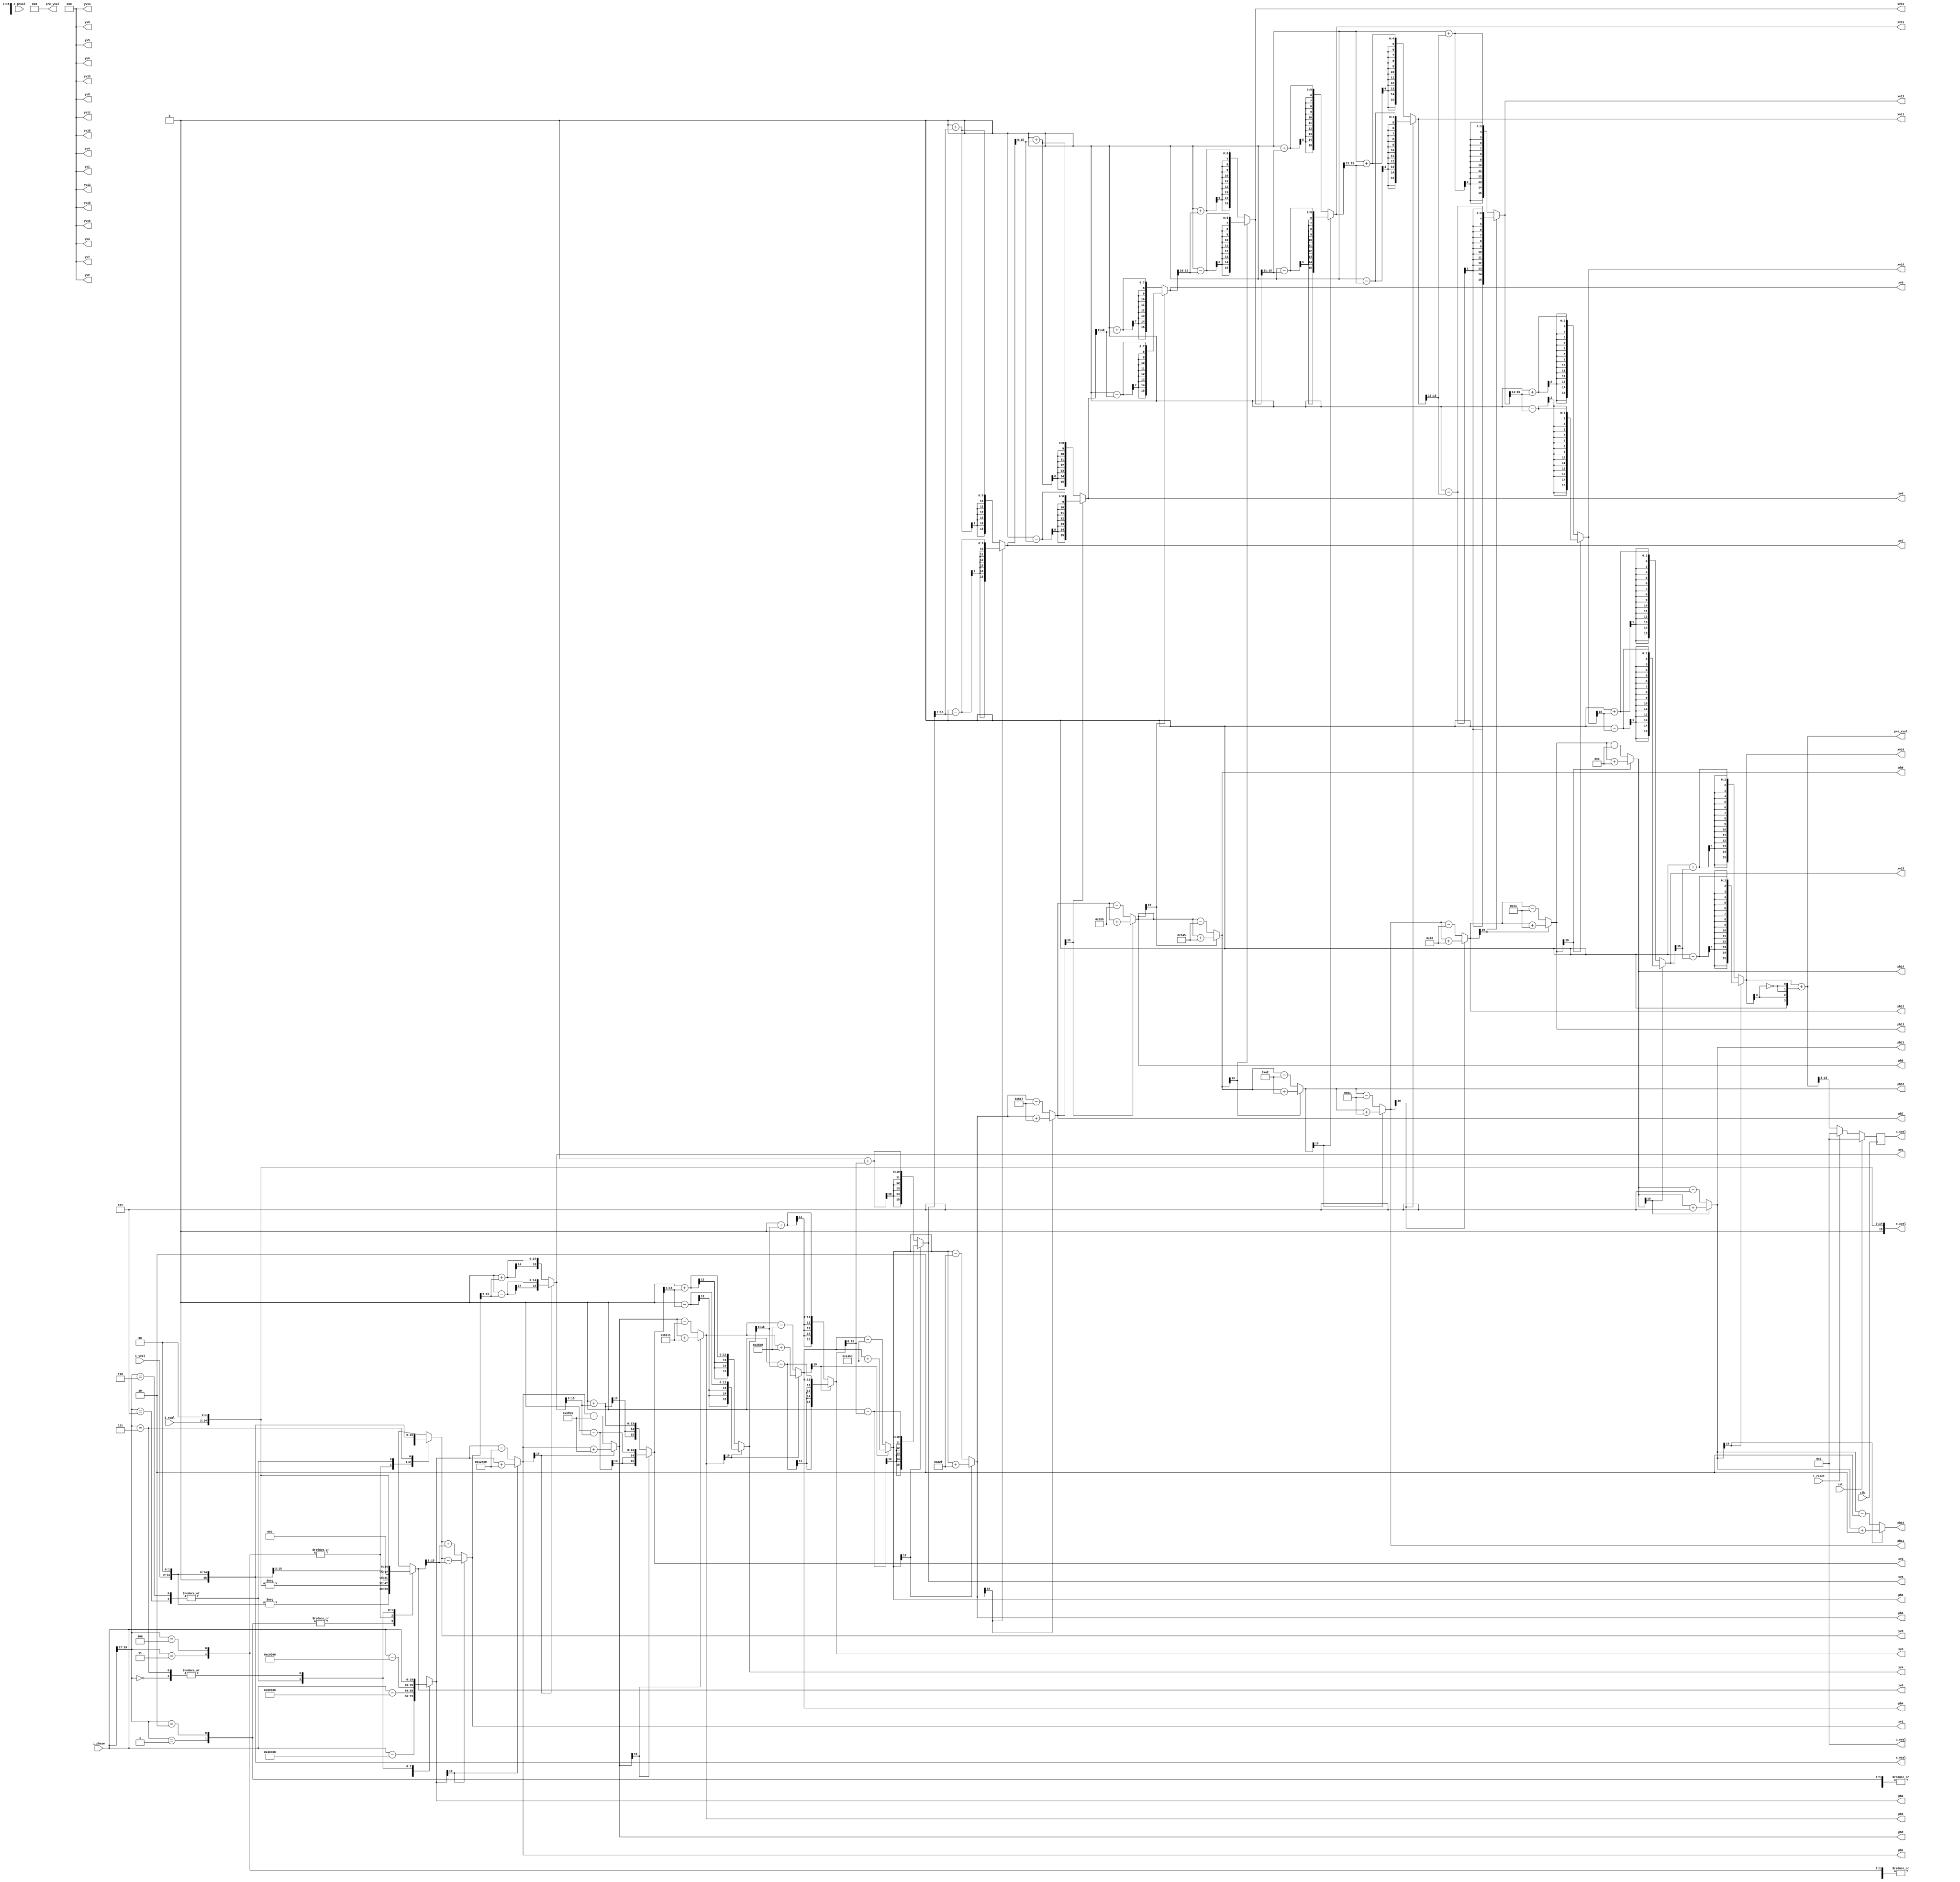
/* Generated by Yosys 0.42+40 (git sha1 a739e21a5, clang++ 14.0.0-1ubuntu1.1 -fPIC -Os) */

(* top =  1  *)
(* src = "/home/user/SDR-HLS/2.HLSImplementation/SineCORDIC/sine_generator_cordic.py:104" *)
(* generator = "Amaranth" *)
module top(i_xval, i_yval, i_phase, o_phval, clk, rst, xv0, yv0, ph0, xv1, yv1, ph1, xv2, yv2, ph2, xv3, yv3, ph3, xv4, yv4, ph4
, xv5, yv5, ph5, xv6, yv6, ph6, xv7, yv7, ph7, xv8, yv8, ph8, xv9, yv9, ph9, xv10, yv10, ph10, xv11, yv11, ph11
, xv12, yv12, ph12, xv13, yv13, ph13, xv14, yv14, ph14, xv15, yv15, ph15, xv16, yv16, ph16, o_xval, o_yval, pre_xval, pre_yval, e_xval, e_yval
, i_reset);
  reg \$auto$verilog_backend.cc:2352:dump_module$1  = 0;
  wire [16:0] \$1 ;
  wire [20:0] \$10 ;
  wire [16:0] \$100 ;
  wire [16:0] \$101 ;
  wire [20:0] \$102 ;
  wire [16:0] \$103 ;
  wire [16:0] \$104 ;
  wire [20:0] \$105 ;
  wire \$106 ;
  wire [16:0] \$107 ;
  wire [16:0] \$108 ;
  wire [20:0] \$109 ;
  wire [16:0] \$11 ;
  wire [16:0] \$110 ;
  wire [16:0] \$111 ;
  wire [20:0] \$112 ;
  wire \$113 ;
  wire [16:0] \$114 ;
  wire [16:0] \$115 ;
  wire [20:0] \$116 ;
  wire [16:0] \$117 ;
  wire [16:0] \$118 ;
  wire [20:0] \$119 ;
  wire [20:0] \$12 ;
  wire \$120 ;
  wire [16:0] \$121 ;
  wire [16:0] \$122 ;
  wire [20:0] \$123 ;
  wire [16:0] \$124 ;
  wire [16:0] \$125 ;
  wire [20:0] \$126 ;
  wire \$127 ;
  wire \$128 ;
  wire [17:0] \$129 ;
  wire [16:0] \$13 ;
  wire \$130 ;
  wire \$131 ;
  wire [17:0] \$132 ;
  wire [15:0] \$133 ;
  wire [15:0] \$134 ;
  reg [12:0] \$135 ;
  reg [12:0] \$136 ;
  wire [20:0] \$14 ;
  wire \$15 ;
  wire [16:0] \$16 ;
  wire [16:0] \$17 ;
  wire [20:0] \$18 ;
  wire [16:0] \$19 ;
  wire [20:0] \$2 ;
  wire [16:0] \$20 ;
  wire [20:0] \$21 ;
  wire \$22 ;
  wire [16:0] \$23 ;
  wire [16:0] \$24 ;
  wire [20:0] \$25 ;
  wire [16:0] \$26 ;
  wire [16:0] \$27 ;
  wire [20:0] \$28 ;
  wire \$29 ;
  wire [16:0] \$3 ;
  wire [16:0] \$30 ;
  wire [16:0] \$31 ;
  wire [20:0] \$32 ;
  wire [16:0] \$33 ;
  wire [16:0] \$34 ;
  wire [20:0] \$35 ;
  wire \$36 ;
  wire [16:0] \$37 ;
  wire [16:0] \$38 ;
  wire [20:0] \$39 ;
  wire [20:0] \$4 ;
  wire [16:0] \$40 ;
  wire [16:0] \$41 ;
  wire [20:0] \$42 ;
  wire \$43 ;
  wire [16:0] \$44 ;
  wire [16:0] \$45 ;
  wire [20:0] \$46 ;
  wire [16:0] \$47 ;
  wire [16:0] \$48 ;
  wire [20:0] \$49 ;
  wire [16:0] \$5 ;
  wire \$50 ;
  wire [16:0] \$51 ;
  wire [16:0] \$52 ;
  wire [20:0] \$53 ;
  wire [16:0] \$54 ;
  wire [16:0] \$55 ;
  wire [20:0] \$56 ;
  wire \$57 ;
  wire [16:0] \$58 ;
  wire [16:0] \$59 ;
  wire [16:0] \$6 ;
  wire [20:0] \$60 ;
  wire [16:0] \$61 ;
  wire [16:0] \$62 ;
  wire [20:0] \$63 ;
  wire \$64 ;
  wire [16:0] \$65 ;
  wire [16:0] \$66 ;
  wire [20:0] \$67 ;
  wire [16:0] \$68 ;
  wire [16:0] \$69 ;
  wire [20:0] \$7 ;
  wire [20:0] \$70 ;
  wire \$71 ;
  wire [16:0] \$72 ;
  wire [16:0] \$73 ;
  wire [20:0] \$74 ;
  wire [16:0] \$75 ;
  wire [16:0] \$76 ;
  wire [20:0] \$77 ;
  wire \$78 ;
  wire [16:0] \$79 ;
  wire [16:0] \$8 ;
  wire [16:0] \$80 ;
  wire [20:0] \$81 ;
  wire [16:0] \$82 ;
  wire [16:0] \$83 ;
  wire [20:0] \$84 ;
  wire \$85 ;
  wire [16:0] \$86 ;
  wire [16:0] \$87 ;
  wire [20:0] \$88 ;
  wire [16:0] \$89 ;
  wire [16:0] \$9 ;
  wire [16:0] \$90 ;
  wire [20:0] \$91 ;
  wire \$92 ;
  wire [16:0] \$93 ;
  wire [16:0] \$94 ;
  wire [20:0] \$95 ;
  wire [16:0] \$96 ;
  wire [16:0] \$97 ;
  wire [20:0] \$98 ;
  wire \$99 ;
  (* src = "/home/user/SDR-HLS/2.HLSImplementation/SineCORDIC/sine_generator_cordic.py:109" *)
  wire [15:0] \$signal ;
  (* src = "/home/user/SDR-HLS/2.HLSImplementation/SineCORDIC/sine_generator_cordic.py:109" *)
  wire [15:0] \$signal$100 ;
  (* src = "/home/user/SDR-HLS/2.HLSImplementation/SineCORDIC/sine_generator_cordic.py:110" *)
  wire [15:0] \$signal$101 ;
  (* src = "/home/user/SDR-HLS/2.HLSImplementation/SineCORDIC/sine_generator_cordic.py:115" *)
  wire [19:0] \$signal$102 ;
  (* src = "/home/user/SDR-HLS/2.HLSImplementation/SineCORDIC/sine_generator_cordic.py:109" *)
  wire [15:0] \$signal$103 ;
  (* src = "/home/user/SDR-HLS/2.HLSImplementation/SineCORDIC/sine_generator_cordic.py:110" *)
  wire [15:0] \$signal$104 ;
  (* src = "/home/user/SDR-HLS/2.HLSImplementation/SineCORDIC/sine_generator_cordic.py:115" *)
  wire [19:0] \$signal$105 ;
  (* src = "/home/user/SDR-HLS/2.HLSImplementation/SineCORDIC/sine_generator_cordic.py:109" *)
  wire [15:0] \$signal$106 ;
  (* src = "/home/user/SDR-HLS/2.HLSImplementation/SineCORDIC/sine_generator_cordic.py:110" *)
  wire [15:0] \$signal$107 ;
  (* src = "/home/user/SDR-HLS/2.HLSImplementation/SineCORDIC/sine_generator_cordic.py:115" *)
  wire [19:0] \$signal$108 ;
  (* src = "/home/user/SDR-HLS/2.HLSImplementation/SineCORDIC/sine_generator_cordic.py:109" *)
  wire [15:0] \$signal$109 ;
  (* src = "/home/user/SDR-HLS/2.HLSImplementation/SineCORDIC/sine_generator_cordic.py:110" *)
  wire [15:0] \$signal$110 ;
  (* src = "/home/user/SDR-HLS/2.HLSImplementation/SineCORDIC/sine_generator_cordic.py:115" *)
  wire [19:0] \$signal$111 ;
  (* src = "/home/user/SDR-HLS/2.HLSImplementation/SineCORDIC/sine_generator_cordic.py:109" *)
  wire [15:0] \$signal$112 ;
  (* src = "/home/user/SDR-HLS/2.HLSImplementation/SineCORDIC/sine_generator_cordic.py:110" *)
  wire [15:0] \$signal$113 ;
  (* src = "/home/user/SDR-HLS/2.HLSImplementation/SineCORDIC/sine_generator_cordic.py:115" *)
  wire [19:0] \$signal$114 ;
  (* src = "/home/user/SDR-HLS/2.HLSImplementation/SineCORDIC/sine_generator_cordic.py:110" *)
  wire [15:0] \$signal$65 ;
  (* src = "/home/user/SDR-HLS/2.HLSImplementation/SineCORDIC/sine_generator_cordic.py:115" *)
  wire [19:0] \$signal$66 ;
  (* src = "/home/user/SDR-HLS/2.HLSImplementation/SineCORDIC/sine_generator_cordic.py:109" *)
  wire [15:0] \$signal$67 ;
  (* src = "/home/user/SDR-HLS/2.HLSImplementation/SineCORDIC/sine_generator_cordic.py:110" *)
  wire [15:0] \$signal$68 ;
  (* src = "/home/user/SDR-HLS/2.HLSImplementation/SineCORDIC/sine_generator_cordic.py:115" *)
  wire [19:0] \$signal$69 ;
  (* src = "/home/user/SDR-HLS/2.HLSImplementation/SineCORDIC/sine_generator_cordic.py:109" *)
  wire [15:0] \$signal$70 ;
  (* src = "/home/user/SDR-HLS/2.HLSImplementation/SineCORDIC/sine_generator_cordic.py:110" *)
  wire [15:0] \$signal$71 ;
  (* src = "/home/user/SDR-HLS/2.HLSImplementation/SineCORDIC/sine_generator_cordic.py:115" *)
  wire [19:0] \$signal$72 ;
  (* src = "/home/user/SDR-HLS/2.HLSImplementation/SineCORDIC/sine_generator_cordic.py:109" *)
  wire [15:0] \$signal$73 ;
  (* src = "/home/user/SDR-HLS/2.HLSImplementation/SineCORDIC/sine_generator_cordic.py:110" *)
  wire [15:0] \$signal$74 ;
  (* src = "/home/user/SDR-HLS/2.HLSImplementation/SineCORDIC/sine_generator_cordic.py:115" *)
  wire [19:0] \$signal$75 ;
  (* src = "/home/user/SDR-HLS/2.HLSImplementation/SineCORDIC/sine_generator_cordic.py:109" *)
  wire [15:0] \$signal$76 ;
  (* src = "/home/user/SDR-HLS/2.HLSImplementation/SineCORDIC/sine_generator_cordic.py:110" *)
  wire [15:0] \$signal$77 ;
  (* src = "/home/user/SDR-HLS/2.HLSImplementation/SineCORDIC/sine_generator_cordic.py:115" *)
  wire [19:0] \$signal$78 ;
  (* src = "/home/user/SDR-HLS/2.HLSImplementation/SineCORDIC/sine_generator_cordic.py:109" *)
  wire [15:0] \$signal$79 ;
  (* src = "/home/user/SDR-HLS/2.HLSImplementation/SineCORDIC/sine_generator_cordic.py:110" *)
  wire [15:0] \$signal$80 ;
  (* src = "/home/user/SDR-HLS/2.HLSImplementation/SineCORDIC/sine_generator_cordic.py:115" *)
  wire [19:0] \$signal$81 ;
  (* src = "/home/user/SDR-HLS/2.HLSImplementation/SineCORDIC/sine_generator_cordic.py:109" *)
  wire [15:0] \$signal$82 ;
  (* src = "/home/user/SDR-HLS/2.HLSImplementation/SineCORDIC/sine_generator_cordic.py:110" *)
  wire [15:0] \$signal$83 ;
  (* src = "/home/user/SDR-HLS/2.HLSImplementation/SineCORDIC/sine_generator_cordic.py:115" *)
  wire [19:0] \$signal$84 ;
  (* src = "/home/user/SDR-HLS/2.HLSImplementation/SineCORDIC/sine_generator_cordic.py:109" *)
  wire [15:0] \$signal$85 ;
  (* src = "/home/user/SDR-HLS/2.HLSImplementation/SineCORDIC/sine_generator_cordic.py:110" *)
  wire [15:0] \$signal$86 ;
  (* src = "/home/user/SDR-HLS/2.HLSImplementation/SineCORDIC/sine_generator_cordic.py:115" *)
  wire [19:0] \$signal$87 ;
  (* src = "/home/user/SDR-HLS/2.HLSImplementation/SineCORDIC/sine_generator_cordic.py:109" *)
  wire [15:0] \$signal$88 ;
  (* src = "/home/user/SDR-HLS/2.HLSImplementation/SineCORDIC/sine_generator_cordic.py:110" *)
  wire [15:0] \$signal$89 ;
  (* src = "/home/user/SDR-HLS/2.HLSImplementation/SineCORDIC/sine_generator_cordic.py:115" *)
  wire [19:0] \$signal$90 ;
  (* src = "/home/user/SDR-HLS/2.HLSImplementation/SineCORDIC/sine_generator_cordic.py:109" *)
  wire [15:0] \$signal$91 ;
  (* src = "/home/user/SDR-HLS/2.HLSImplementation/SineCORDIC/sine_generator_cordic.py:110" *)
  wire [15:0] \$signal$92 ;
  (* src = "/home/user/SDR-HLS/2.HLSImplementation/SineCORDIC/sine_generator_cordic.py:115" *)
  wire [19:0] \$signal$93 ;
  (* src = "/home/user/SDR-HLS/2.HLSImplementation/SineCORDIC/sine_generator_cordic.py:109" *)
  wire [15:0] \$signal$94 ;
  (* src = "/home/user/SDR-HLS/2.HLSImplementation/SineCORDIC/sine_generator_cordic.py:110" *)
  wire [15:0] \$signal$95 ;
  (* src = "/home/user/SDR-HLS/2.HLSImplementation/SineCORDIC/sine_generator_cordic.py:115" *)
  wire [19:0] \$signal$96 ;
  (* src = "/home/user/SDR-HLS/2.HLSImplementation/SineCORDIC/sine_generator_cordic.py:109" *)
  wire [15:0] \$signal$97 ;
  (* src = "/home/user/SDR-HLS/2.HLSImplementation/SineCORDIC/sine_generator_cordic.py:110" *)
  wire [15:0] \$signal$98 ;
  (* src = "/home/user/SDR-HLS/2.HLSImplementation/SineCORDIC/sine_generator_cordic.py:115" *)
  wire [19:0] \$signal$99 ;
  (* src = "/home/user/FPGA/tools/amaranth/amaranth/hdl/_ir.py:215" *)
  input clk;
  wire clk;
  (* src = "/home/user/SDR-HLS/2.HLSImplementation/SineCORDIC/sine_generator_cordic.py:98" *)
  output [15:0] e_xval;
  wire [15:0] e_xval;
  (* src = "/home/user/SDR-HLS/2.HLSImplementation/SineCORDIC/sine_generator_cordic.py:99" *)
  output [15:0] e_yval;
  wire [15:0] e_yval;
  (* src = "/home/user/SDR-HLS/2.HLSImplementation/SineCORDIC/sine_generator_cordic.py:37" *)
  input [19:0] i_phase;
  wire [19:0] i_phase;
  (* src = "/home/user/SDR-HLS/2.HLSImplementation/SineCORDIC/sine_generator_cordic.py:34" *)
  input i_reset;
  wire i_reset;
  (* src = "/home/user/SDR-HLS/2.HLSImplementation/SineCORDIC/sine_generator_cordic.py:35" *)
  input [12:0] i_xval;
  wire [12:0] i_xval;
  (* src = "/home/user/SDR-HLS/2.HLSImplementation/SineCORDIC/sine_generator_cordic.py:36" *)
  input [12:0] i_yval;
  wire [12:0] i_yval;
  (* src = "/home/user/SDR-HLS/2.HLSImplementation/SineCORDIC/sine_generator_cordic.py:42" *)
  input [19:0] o_phval;
  wire [19:0] o_phval;
  (* src = "/home/user/SDR-HLS/2.HLSImplementation/SineCORDIC/sine_generator_cordic.py:40" *)
  output [12:0] o_xval;
  reg [12:0] o_xval = 13'h0000;
  (* src = "/home/user/SDR-HLS/2.HLSImplementation/SineCORDIC/sine_generator_cordic.py:41" *)
  output [12:0] o_yval;
  reg [12:0] o_yval = 13'h0000;
  (* src = "/home/user/SDR-HLS/2.HLSImplementation/SineCORDIC/sine_generator_cordic.py:115" *)
  output [19:0] ph0;
  reg [19:0] ph0;
  (* src = "/home/user/SDR-HLS/2.HLSImplementation/SineCORDIC/sine_generator_cordic.py:115" *)
  output [19:0] ph1;
  reg [19:0] ph1;
  (* src = "/home/user/SDR-HLS/2.HLSImplementation/SineCORDIC/sine_generator_cordic.py:115" *)
  output [19:0] ph10;
  reg [19:0] ph10;
  (* src = "/home/user/SDR-HLS/2.HLSImplementation/SineCORDIC/sine_generator_cordic.py:115" *)
  output [19:0] ph11;
  reg [19:0] ph11;
  (* src = "/home/user/SDR-HLS/2.HLSImplementation/SineCORDIC/sine_generator_cordic.py:115" *)
  output [19:0] ph12;
  reg [19:0] ph12;
  (* src = "/home/user/SDR-HLS/2.HLSImplementation/SineCORDIC/sine_generator_cordic.py:115" *)
  output [19:0] ph13;
  reg [19:0] ph13;
  (* src = "/home/user/SDR-HLS/2.HLSImplementation/SineCORDIC/sine_generator_cordic.py:115" *)
  output [19:0] ph14;
  reg [19:0] ph14;
  (* src = "/home/user/SDR-HLS/2.HLSImplementation/SineCORDIC/sine_generator_cordic.py:115" *)
  output [19:0] ph15;
  reg [19:0] ph15;
  (* src = "/home/user/SDR-HLS/2.HLSImplementation/SineCORDIC/sine_generator_cordic.py:115" *)
  output [19:0] ph16;
  reg [19:0] ph16;
  (* src = "/home/user/SDR-HLS/2.HLSImplementation/SineCORDIC/sine_generator_cordic.py:115" *)
  output [19:0] ph2;
  reg [19:0] ph2;
  (* src = "/home/user/SDR-HLS/2.HLSImplementation/SineCORDIC/sine_generator_cordic.py:115" *)
  output [19:0] ph3;
  reg [19:0] ph3;
  (* src = "/home/user/SDR-HLS/2.HLSImplementation/SineCORDIC/sine_generator_cordic.py:115" *)
  output [19:0] ph4;
  reg [19:0] ph4;
  (* src = "/home/user/SDR-HLS/2.HLSImplementation/SineCORDIC/sine_generator_cordic.py:115" *)
  output [19:0] ph5;
  reg [19:0] ph5;
  (* src = "/home/user/SDR-HLS/2.HLSImplementation/SineCORDIC/sine_generator_cordic.py:115" *)
  output [19:0] ph6;
  reg [19:0] ph6;
  (* src = "/home/user/SDR-HLS/2.HLSImplementation/SineCORDIC/sine_generator_cordic.py:115" *)
  output [19:0] ph7;
  reg [19:0] ph7;
  (* src = "/home/user/SDR-HLS/2.HLSImplementation/SineCORDIC/sine_generator_cordic.py:115" *)
  output [19:0] ph8;
  reg [19:0] ph8;
  (* src = "/home/user/SDR-HLS/2.HLSImplementation/SineCORDIC/sine_generator_cordic.py:115" *)
  output [19:0] ph9;
  reg [19:0] ph9;
  (* src = "/home/user/SDR-HLS/2.HLSImplementation/SineCORDIC/sine_generator_cordic.py:100" *)
  output [15:0] pre_xval;
  wire [15:0] pre_xval;
  (* src = "/home/user/SDR-HLS/2.HLSImplementation/SineCORDIC/sine_generator_cordic.py:101" *)
  output [15:0] pre_yval;
  wire [15:0] pre_yval;
  (* src = "/home/user/FPGA/tools/amaranth/amaranth/hdl/_ir.py:215" *)
  input rst;
  wire rst;
  (* src = "/home/user/SDR-HLS/2.HLSImplementation/SineCORDIC/sine_generator_cordic.py:109" *)
  output [15:0] xv0;
  reg [15:0] xv0;
  (* src = "/home/user/SDR-HLS/2.HLSImplementation/SineCORDIC/sine_generator_cordic.py:109" *)
  output [15:0] xv1;
  reg [15:0] xv1;
  (* src = "/home/user/SDR-HLS/2.HLSImplementation/SineCORDIC/sine_generator_cordic.py:109" *)
  output [15:0] xv10;
  reg [15:0] xv10;
  (* src = "/home/user/SDR-HLS/2.HLSImplementation/SineCORDIC/sine_generator_cordic.py:109" *)
  output [15:0] xv11;
  reg [15:0] xv11;
  (* src = "/home/user/SDR-HLS/2.HLSImplementation/SineCORDIC/sine_generator_cordic.py:109" *)
  output [15:0] xv12;
  reg [15:0] xv12;
  (* src = "/home/user/SDR-HLS/2.HLSImplementation/SineCORDIC/sine_generator_cordic.py:109" *)
  output [15:0] xv13;
  reg [15:0] xv13;
  (* src = "/home/user/SDR-HLS/2.HLSImplementation/SineCORDIC/sine_generator_cordic.py:109" *)
  output [15:0] xv14;
  reg [15:0] xv14;
  (* src = "/home/user/SDR-HLS/2.HLSImplementation/SineCORDIC/sine_generator_cordic.py:109" *)
  output [15:0] xv15;
  reg [15:0] xv15;
  (* src = "/home/user/SDR-HLS/2.HLSImplementation/SineCORDIC/sine_generator_cordic.py:109" *)
  output [15:0] xv16;
  reg [15:0] xv16;
  (* src = "/home/user/SDR-HLS/2.HLSImplementation/SineCORDIC/sine_generator_cordic.py:109" *)
  output [15:0] xv2;
  reg [15:0] xv2;
  (* src = "/home/user/SDR-HLS/2.HLSImplementation/SineCORDIC/sine_generator_cordic.py:109" *)
  output [15:0] xv3;
  reg [15:0] xv3;
  (* src = "/home/user/SDR-HLS/2.HLSImplementation/SineCORDIC/sine_generator_cordic.py:109" *)
  output [15:0] xv4;
  reg [15:0] xv4;
  (* src = "/home/user/SDR-HLS/2.HLSImplementation/SineCORDIC/sine_generator_cordic.py:109" *)
  output [15:0] xv5;
  reg [15:0] xv5;
  (* src = "/home/user/SDR-HLS/2.HLSImplementation/SineCORDIC/sine_generator_cordic.py:109" *)
  output [15:0] xv6;
  reg [15:0] xv6;
  (* src = "/home/user/SDR-HLS/2.HLSImplementation/SineCORDIC/sine_generator_cordic.py:109" *)
  output [15:0] xv7;
  reg [15:0] xv7;
  (* src = "/home/user/SDR-HLS/2.HLSImplementation/SineCORDIC/sine_generator_cordic.py:109" *)
  output [15:0] xv8;
  reg [15:0] xv8;
  (* src = "/home/user/SDR-HLS/2.HLSImplementation/SineCORDIC/sine_generator_cordic.py:109" *)
  output [15:0] xv9;
  reg [15:0] xv9;
  (* src = "/home/user/SDR-HLS/2.HLSImplementation/SineCORDIC/sine_generator_cordic.py:110" *)
  output [15:0] yv0;
  reg [15:0] yv0;
  (* src = "/home/user/SDR-HLS/2.HLSImplementation/SineCORDIC/sine_generator_cordic.py:110" *)
  output [15:0] yv1;
  wire [15:0] yv1;
  (* src = "/home/user/SDR-HLS/2.HLSImplementation/SineCORDIC/sine_generator_cordic.py:110" *)
  output [15:0] yv10;
  wire [15:0] yv10;
  (* src = "/home/user/SDR-HLS/2.HLSImplementation/SineCORDIC/sine_generator_cordic.py:110" *)
  output [15:0] yv11;
  wire [15:0] yv11;
  (* src = "/home/user/SDR-HLS/2.HLSImplementation/SineCORDIC/sine_generator_cordic.py:110" *)
  output [15:0] yv12;
  wire [15:0] yv12;
  (* src = "/home/user/SDR-HLS/2.HLSImplementation/SineCORDIC/sine_generator_cordic.py:110" *)
  output [15:0] yv13;
  wire [15:0] yv13;
  (* src = "/home/user/SDR-HLS/2.HLSImplementation/SineCORDIC/sine_generator_cordic.py:110" *)
  output [15:0] yv14;
  wire [15:0] yv14;
  (* src = "/home/user/SDR-HLS/2.HLSImplementation/SineCORDIC/sine_generator_cordic.py:110" *)
  output [15:0] yv15;
  wire [15:0] yv15;
  (* src = "/home/user/SDR-HLS/2.HLSImplementation/SineCORDIC/sine_generator_cordic.py:110" *)
  output [15:0] yv16;
  wire [15:0] yv16;
  (* src = "/home/user/SDR-HLS/2.HLSImplementation/SineCORDIC/sine_generator_cordic.py:110" *)
  output [15:0] yv2;
  wire [15:0] yv2;
  (* src = "/home/user/SDR-HLS/2.HLSImplementation/SineCORDIC/sine_generator_cordic.py:110" *)
  output [15:0] yv3;
  wire [15:0] yv3;
  (* src = "/home/user/SDR-HLS/2.HLSImplementation/SineCORDIC/sine_generator_cordic.py:110" *)
  output [15:0] yv4;
  wire [15:0] yv4;
  (* src = "/home/user/SDR-HLS/2.HLSImplementation/SineCORDIC/sine_generator_cordic.py:110" *)
  output [15:0] yv5;
  wire [15:0] yv5;
  (* src = "/home/user/SDR-HLS/2.HLSImplementation/SineCORDIC/sine_generator_cordic.py:110" *)
  output [15:0] yv6;
  wire [15:0] yv6;
  (* src = "/home/user/SDR-HLS/2.HLSImplementation/SineCORDIC/sine_generator_cordic.py:110" *)
  output [15:0] yv7;
  wire [15:0] yv7;
  (* src = "/home/user/SDR-HLS/2.HLSImplementation/SineCORDIC/sine_generator_cordic.py:110" *)
  output [15:0] yv8;
  wire [15:0] yv8;
  (* src = "/home/user/SDR-HLS/2.HLSImplementation/SineCORDIC/sine_generator_cordic.py:110" *)
  output [15:0] yv9;
  wire [15:0] yv9;
  assign \$1  = - (* src = "/home/user/SDR-HLS/2.HLSImplementation/SineCORDIC/sine_generator_cordic.py:160" *) { i_yval, 2'h0 };
  assign \$2  = i_phase - (* src = "/home/user/SDR-HLS/2.HLSImplementation/SineCORDIC/sine_generator_cordic.py:162" *) 19'h40000;
  assign \$3  = - (* src = "/home/user/SDR-HLS/2.HLSImplementation/SineCORDIC/sine_generator_cordic.py:166" *) { i_yval, 2'h0 };
  assign \$4  = i_phase - (* src = "/home/user/SDR-HLS/2.HLSImplementation/SineCORDIC/sine_generator_cordic.py:168" *) 20'h80000;
  assign \$5  = - (* src = "/home/user/SDR-HLS/2.HLSImplementation/SineCORDIC/sine_generator_cordic.py:172" *) { i_xval, 2'h0 };
  assign \$6  = - (* src = "/home/user/SDR-HLS/2.HLSImplementation/SineCORDIC/sine_generator_cordic.py:173" *) { i_yval, 2'h0 };
  assign \$7  = i_phase - (* src = "/home/user/SDR-HLS/2.HLSImplementation/SineCORDIC/sine_generator_cordic.py:174" *) 20'h80000;
  assign \$8  = - (* src = "/home/user/SDR-HLS/2.HLSImplementation/SineCORDIC/sine_generator_cordic.py:178" *) { i_xval, 2'h0 };
  assign \$9  = - (* src = "/home/user/SDR-HLS/2.HLSImplementation/SineCORDIC/sine_generator_cordic.py:179" *) { i_yval, 2'h0 };
  assign \$10  = i_phase - (* src = "/home/user/SDR-HLS/2.HLSImplementation/SineCORDIC/sine_generator_cordic.py:180" *) 20'h80000;
  assign \$11  = - (* src = "/home/user/SDR-HLS/2.HLSImplementation/SineCORDIC/sine_generator_cordic.py:185" *) { i_xval, 2'h0 };
  assign \$12  = i_phase - (* src = "/home/user/SDR-HLS/2.HLSImplementation/SineCORDIC/sine_generator_cordic.py:186" *) 20'hc0000;
  assign \$13  = - (* src = "/home/user/SDR-HLS/2.HLSImplementation/SineCORDIC/sine_generator_cordic.py:191" *) { i_xval, 2'h0 };
  assign \$14  = i_phase - (* src = "/home/user/SDR-HLS/2.HLSImplementation/SineCORDIC/sine_generator_cordic.py:192" *) 20'hc0000;
  assign \$16  = $signed(xv0) + (* src = "/home/user/SDR-HLS/2.HLSImplementation/SineCORDIC/sine_generator_cordic.py:240" *) $signed(yv0[15:1]);
  assign \$17  = $signed(yv0) - (* src = "/home/user/SDR-HLS/2.HLSImplementation/SineCORDIC/sine_generator_cordic.py:241" *) $signed(xv0[15:1]);
  assign \$18  = ph0 + (* src = "/home/user/SDR-HLS/2.HLSImplementation/SineCORDIC/sine_generator_cordic.py:242" *) 17'h12ec0;
  assign \$19  = $signed(xv0) - (* src = "/home/user/SDR-HLS/2.HLSImplementation/SineCORDIC/sine_generator_cordic.py:247" *) $signed(yv0[15:1]);
  assign \$20  = $signed(yv0) + (* src = "/home/user/SDR-HLS/2.HLSImplementation/SineCORDIC/sine_generator_cordic.py:248" *) $signed(xv0[15:1]);
  assign \$21  = ph0 - (* src = "/home/user/SDR-HLS/2.HLSImplementation/SineCORDIC/sine_generator_cordic.py:249" *) 17'h12ec0;
  assign \$23  = $signed(xv1) + (* src = "/home/user/SDR-HLS/2.HLSImplementation/SineCORDIC/sine_generator_cordic.py:240" *) $signed(1'h0);
  assign \$24  = $signed(1'h0) - (* src = "/home/user/SDR-HLS/2.HLSImplementation/SineCORDIC/sine_generator_cordic.py:241" *) $signed(xv1[15:2]);
  assign \$25  = ph1 + (* src = "/home/user/SDR-HLS/2.HLSImplementation/SineCORDIC/sine_generator_cordic.py:242" *) 16'h9fb3;
  assign \$26  = $signed(xv1) - (* src = "/home/user/SDR-HLS/2.HLSImplementation/SineCORDIC/sine_generator_cordic.py:247" *) $signed(1'h0);
  assign \$27  = $signed(1'h0) + (* src = "/home/user/SDR-HLS/2.HLSImplementation/SineCORDIC/sine_generator_cordic.py:248" *) $signed(xv1[15:2]);
  assign \$28  = ph1 - (* src = "/home/user/SDR-HLS/2.HLSImplementation/SineCORDIC/sine_generator_cordic.py:249" *) 16'h9fb3;
  assign \$30  = $signed(xv2) + (* src = "/home/user/SDR-HLS/2.HLSImplementation/SineCORDIC/sine_generator_cordic.py:240" *) $signed(1'h0);
  assign \$31  = $signed(1'h0) - (* src = "/home/user/SDR-HLS/2.HLSImplementation/SineCORDIC/sine_generator_cordic.py:241" *) $signed(xv2[15:3]);
  assign \$32  = ph2 + (* src = "/home/user/SDR-HLS/2.HLSImplementation/SineCORDIC/sine_generator_cordic.py:242" *) 15'h5111;
  assign \$33  = $signed(xv2) - (* src = "/home/user/SDR-HLS/2.HLSImplementation/SineCORDIC/sine_generator_cordic.py:247" *) $signed(1'h0);
  assign \$34  = $signed(1'h0) + (* src = "/home/user/SDR-HLS/2.HLSImplementation/SineCORDIC/sine_generator_cordic.py:248" *) $signed(xv2[15:3]);
  assign \$35  = ph2 - (* src = "/home/user/SDR-HLS/2.HLSImplementation/SineCORDIC/sine_generator_cordic.py:249" *) 15'h5111;
  assign \$37  = $signed(xv3) + (* src = "/home/user/SDR-HLS/2.HLSImplementation/SineCORDIC/sine_generator_cordic.py:240" *) $signed(1'h0);
  assign \$38  = $signed(1'h0) - (* src = "/home/user/SDR-HLS/2.HLSImplementation/SineCORDIC/sine_generator_cordic.py:241" *) $signed(xv3[15:4]);
  assign \$39  = ph3 + (* src = "/home/user/SDR-HLS/2.HLSImplementation/SineCORDIC/sine_generator_cordic.py:242" *) 14'h28b0;
  assign \$40  = $signed(xv3) - (* src = "/home/user/SDR-HLS/2.HLSImplementation/SineCORDIC/sine_generator_cordic.py:247" *) $signed(1'h0);
  assign \$41  = $signed(1'h0) + (* src = "/home/user/SDR-HLS/2.HLSImplementation/SineCORDIC/sine_generator_cordic.py:248" *) $signed(xv3[15:4]);
  assign \$42  = ph3 - (* src = "/home/user/SDR-HLS/2.HLSImplementation/SineCORDIC/sine_generator_cordic.py:249" *) 14'h28b0;
  assign \$44  = $signed(xv4) + (* src = "/home/user/SDR-HLS/2.HLSImplementation/SineCORDIC/sine_generator_cordic.py:240" *) $signed(1'h0);
  assign \$45  = $signed(1'h0) - (* src = "/home/user/SDR-HLS/2.HLSImplementation/SineCORDIC/sine_generator_cordic.py:241" *) $signed(xv4[15:5]);
  assign \$46  = ph4 + (* src = "/home/user/SDR-HLS/2.HLSImplementation/SineCORDIC/sine_generator_cordic.py:242" *) 13'h145d;
  assign \$47  = $signed(xv4) - (* src = "/home/user/SDR-HLS/2.HLSImplementation/SineCORDIC/sine_generator_cordic.py:247" *) $signed(1'h0);
  assign \$48  = $signed(1'h0) + (* src = "/home/user/SDR-HLS/2.HLSImplementation/SineCORDIC/sine_generator_cordic.py:248" *) $signed(xv4[15:5]);
  assign \$49  = ph4 - (* src = "/home/user/SDR-HLS/2.HLSImplementation/SineCORDIC/sine_generator_cordic.py:249" *) 13'h145d;
  assign \$51  = $signed(xv5) + (* src = "/home/user/SDR-HLS/2.HLSImplementation/SineCORDIC/sine_generator_cordic.py:240" *) $signed(1'h0);
  assign \$52  = $signed(1'h0) - (* src = "/home/user/SDR-HLS/2.HLSImplementation/SineCORDIC/sine_generator_cordic.py:241" *) $signed(xv5[15:6]);
  assign \$53  = ph5 + (* src = "/home/user/SDR-HLS/2.HLSImplementation/SineCORDIC/sine_generator_cordic.py:242" *) 12'ha2f;
  assign \$54  = $signed(xv5) - (* src = "/home/user/SDR-HLS/2.HLSImplementation/SineCORDIC/sine_generator_cordic.py:247" *) $signed(1'h0);
  assign \$55  = $signed(1'h0) + (* src = "/home/user/SDR-HLS/2.HLSImplementation/SineCORDIC/sine_generator_cordic.py:248" *) $signed(xv5[15:6]);
  assign \$56  = ph5 - (* src = "/home/user/SDR-HLS/2.HLSImplementation/SineCORDIC/sine_generator_cordic.py:249" *) 12'ha2f;
  assign \$58  = $signed(xv6) + (* src = "/home/user/SDR-HLS/2.HLSImplementation/SineCORDIC/sine_generator_cordic.py:240" *) $signed(1'h0);
  assign \$59  = $signed(1'h0) - (* src = "/home/user/SDR-HLS/2.HLSImplementation/SineCORDIC/sine_generator_cordic.py:241" *) $signed(xv6[15:7]);
  assign \$60  = ph6 + (* src = "/home/user/SDR-HLS/2.HLSImplementation/SineCORDIC/sine_generator_cordic.py:242" *) 11'h517;
  assign \$61  = $signed(xv6) - (* src = "/home/user/SDR-HLS/2.HLSImplementation/SineCORDIC/sine_generator_cordic.py:247" *) $signed(1'h0);
  assign \$62  = $signed(1'h0) + (* src = "/home/user/SDR-HLS/2.HLSImplementation/SineCORDIC/sine_generator_cordic.py:248" *) $signed(xv6[15:7]);
  assign \$63  = ph6 - (* src = "/home/user/SDR-HLS/2.HLSImplementation/SineCORDIC/sine_generator_cordic.py:249" *) 11'h517;
  assign \$65  = $signed(xv7) + (* src = "/home/user/SDR-HLS/2.HLSImplementation/SineCORDIC/sine_generator_cordic.py:240" *) $signed(1'h0);
  assign \$66  = $signed(1'h0) - (* src = "/home/user/SDR-HLS/2.HLSImplementation/SineCORDIC/sine_generator_cordic.py:241" *) $signed(xv7[15:8]);
  assign \$67  = ph7 + (* src = "/home/user/SDR-HLS/2.HLSImplementation/SineCORDIC/sine_generator_cordic.py:242" *) 10'h28b;
  assign \$68  = $signed(xv7) - (* src = "/home/user/SDR-HLS/2.HLSImplementation/SineCORDIC/sine_generator_cordic.py:247" *) $signed(1'h0);
  assign \$69  = $signed(1'h0) + (* src = "/home/user/SDR-HLS/2.HLSImplementation/SineCORDIC/sine_generator_cordic.py:248" *) $signed(xv7[15:8]);
  assign \$70  = ph7 - (* src = "/home/user/SDR-HLS/2.HLSImplementation/SineCORDIC/sine_generator_cordic.py:249" *) 10'h28b;
  assign \$72  = $signed(xv8) + (* src = "/home/user/SDR-HLS/2.HLSImplementation/SineCORDIC/sine_generator_cordic.py:240" *) $signed(1'h0);
  assign \$73  = $signed(1'h0) - (* src = "/home/user/SDR-HLS/2.HLSImplementation/SineCORDIC/sine_generator_cordic.py:241" *) $signed(xv8[15:9]);
  assign \$74  = ph8 + (* src = "/home/user/SDR-HLS/2.HLSImplementation/SineCORDIC/sine_generator_cordic.py:242" *) 9'h145;
  assign \$75  = $signed(xv8) - (* src = "/home/user/SDR-HLS/2.HLSImplementation/SineCORDIC/sine_generator_cordic.py:247" *) $signed(1'h0);
  assign \$76  = $signed(1'h0) + (* src = "/home/user/SDR-HLS/2.HLSImplementation/SineCORDIC/sine_generator_cordic.py:248" *) $signed(xv8[15:9]);
  assign \$77  = ph8 - (* src = "/home/user/SDR-HLS/2.HLSImplementation/SineCORDIC/sine_generator_cordic.py:249" *) 9'h145;
  assign \$79  = $signed(xv9) + (* src = "/home/user/SDR-HLS/2.HLSImplementation/SineCORDIC/sine_generator_cordic.py:240" *) $signed(1'h0);
  assign \$80  = $signed(1'h0) - (* src = "/home/user/SDR-HLS/2.HLSImplementation/SineCORDIC/sine_generator_cordic.py:241" *) $signed(xv9[15:10]);
  assign \$81  = ph9 + (* src = "/home/user/SDR-HLS/2.HLSImplementation/SineCORDIC/sine_generator_cordic.py:242" *) 8'ha2;
  assign \$82  = $signed(xv9) - (* src = "/home/user/SDR-HLS/2.HLSImplementation/SineCORDIC/sine_generator_cordic.py:247" *) $signed(1'h0);
  assign \$83  = $signed(1'h0) + (* src = "/home/user/SDR-HLS/2.HLSImplementation/SineCORDIC/sine_generator_cordic.py:248" *) $signed(xv9[15:10]);
  assign \$84  = ph9 - (* src = "/home/user/SDR-HLS/2.HLSImplementation/SineCORDIC/sine_generator_cordic.py:249" *) 8'ha2;
  assign \$86  = $signed(xv10) + (* src = "/home/user/SDR-HLS/2.HLSImplementation/SineCORDIC/sine_generator_cordic.py:240" *) $signed(1'h0);
  assign \$87  = $signed(1'h0) - (* src = "/home/user/SDR-HLS/2.HLSImplementation/SineCORDIC/sine_generator_cordic.py:241" *) $signed(xv10[15:11]);
  assign \$88  = ph10 + (* src = "/home/user/SDR-HLS/2.HLSImplementation/SineCORDIC/sine_generator_cordic.py:242" *) 7'h51;
  assign \$89  = $signed(xv10) - (* src = "/home/user/SDR-HLS/2.HLSImplementation/SineCORDIC/sine_generator_cordic.py:247" *) $signed(1'h0);
  assign \$90  = $signed(1'h0) + (* src = "/home/user/SDR-HLS/2.HLSImplementation/SineCORDIC/sine_generator_cordic.py:248" *) $signed(xv10[15:11]);
  assign \$91  = ph10 - (* src = "/home/user/SDR-HLS/2.HLSImplementation/SineCORDIC/sine_generator_cordic.py:249" *) 7'h51;
  assign \$93  = $signed(xv11) + (* src = "/home/user/SDR-HLS/2.HLSImplementation/SineCORDIC/sine_generator_cordic.py:240" *) $signed(1'h0);
  assign \$94  = $signed(1'h0) - (* src = "/home/user/SDR-HLS/2.HLSImplementation/SineCORDIC/sine_generator_cordic.py:241" *) $signed(xv11[15:12]);
  assign \$95  = ph11 + (* src = "/home/user/SDR-HLS/2.HLSImplementation/SineCORDIC/sine_generator_cordic.py:242" *) 6'h28;
  assign \$96  = $signed(xv11) - (* src = "/home/user/SDR-HLS/2.HLSImplementation/SineCORDIC/sine_generator_cordic.py:247" *) $signed(1'h0);
  assign \$97  = $signed(1'h0) + (* src = "/home/user/SDR-HLS/2.HLSImplementation/SineCORDIC/sine_generator_cordic.py:248" *) $signed(xv11[15:12]);
  assign \$98  = ph11 - (* src = "/home/user/SDR-HLS/2.HLSImplementation/SineCORDIC/sine_generator_cordic.py:249" *) 6'h28;
  assign \$100  = $signed(xv12) + (* src = "/home/user/SDR-HLS/2.HLSImplementation/SineCORDIC/sine_generator_cordic.py:240" *) $signed(1'h0);
  assign \$101  = $signed(1'h0) - (* src = "/home/user/SDR-HLS/2.HLSImplementation/SineCORDIC/sine_generator_cordic.py:241" *) $signed(xv12[15:13]);
  assign \$102  = ph12 + (* src = "/home/user/SDR-HLS/2.HLSImplementation/SineCORDIC/sine_generator_cordic.py:242" *) 5'h14;
  assign \$103  = $signed(xv12) - (* src = "/home/user/SDR-HLS/2.HLSImplementation/SineCORDIC/sine_generator_cordic.py:247" *) $signed(1'h0);
  assign \$104  = $signed(1'h0) + (* src = "/home/user/SDR-HLS/2.HLSImplementation/SineCORDIC/sine_generator_cordic.py:248" *) $signed(xv12[15:13]);
  assign \$105  = ph12 - (* src = "/home/user/SDR-HLS/2.HLSImplementation/SineCORDIC/sine_generator_cordic.py:249" *) 5'h14;
  assign \$107  = $signed(xv13) + (* src = "/home/user/SDR-HLS/2.HLSImplementation/SineCORDIC/sine_generator_cordic.py:240" *) $signed(1'h0);
  assign \$108  = $signed(1'h0) - (* src = "/home/user/SDR-HLS/2.HLSImplementation/SineCORDIC/sine_generator_cordic.py:241" *) $signed(xv13[15:14]);
  assign \$109  = ph13 + (* src = "/home/user/SDR-HLS/2.HLSImplementation/SineCORDIC/sine_generator_cordic.py:242" *) 4'ha;
  assign \$110  = $signed(xv13) - (* src = "/home/user/SDR-HLS/2.HLSImplementation/SineCORDIC/sine_generator_cordic.py:247" *) $signed(1'h0);
  assign \$111  = $signed(1'h0) + (* src = "/home/user/SDR-HLS/2.HLSImplementation/SineCORDIC/sine_generator_cordic.py:248" *) $signed(xv13[15:14]);
  assign \$112  = ph13 - (* src = "/home/user/SDR-HLS/2.HLSImplementation/SineCORDIC/sine_generator_cordic.py:249" *) 4'ha;
  assign \$114  = $signed(xv14) + (* src = "/home/user/SDR-HLS/2.HLSImplementation/SineCORDIC/sine_generator_cordic.py:240" *) $signed(1'h0);
  assign \$115  = $signed(1'h0) - (* src = "/home/user/SDR-HLS/2.HLSImplementation/SineCORDIC/sine_generator_cordic.py:241" *) $signed(xv14[15]);
  assign \$116  = ph14 + (* src = "/home/user/SDR-HLS/2.HLSImplementation/SineCORDIC/sine_generator_cordic.py:242" *) 3'h5;
  assign \$117  = $signed(xv14) - (* src = "/home/user/SDR-HLS/2.HLSImplementation/SineCORDIC/sine_generator_cordic.py:247" *) $signed(1'h0);
  assign \$118  = $signed(1'h0) + (* src = "/home/user/SDR-HLS/2.HLSImplementation/SineCORDIC/sine_generator_cordic.py:248" *) $signed(xv14[15]);
  assign \$119  = ph14 - (* src = "/home/user/SDR-HLS/2.HLSImplementation/SineCORDIC/sine_generator_cordic.py:249" *) 3'h5;
  assign \$121  = $signed(xv15) + (* src = "/home/user/SDR-HLS/2.HLSImplementation/SineCORDIC/sine_generator_cordic.py:240" *) $signed(1'h0);
  assign \$122  = $signed(1'h0) - (* src = "/home/user/SDR-HLS/2.HLSImplementation/SineCORDIC/sine_generator_cordic.py:241" *) $signed(xv15[15]);
  assign \$123  = ph15 + (* src = "/home/user/SDR-HLS/2.HLSImplementation/SineCORDIC/sine_generator_cordic.py:242" *) 2'h2;
  assign \$124  = $signed(xv15) - (* src = "/home/user/SDR-HLS/2.HLSImplementation/SineCORDIC/sine_generator_cordic.py:247" *) $signed(1'h0);
  assign \$125  = $signed(1'h0) + (* src = "/home/user/SDR-HLS/2.HLSImplementation/SineCORDIC/sine_generator_cordic.py:248" *) $signed(xv15[15]);
  assign \$126  = ph15 - (* src = "/home/user/SDR-HLS/2.HLSImplementation/SineCORDIC/sine_generator_cordic.py:249" *) 2'h2;
  assign \$127  = ~ (* src = "/home/user/SDR-HLS/2.HLSImplementation/SineCORDIC/sine_generator_cordic.py:257" *) xv16[3];
  assign \$128  = ~ (* src = "/home/user/SDR-HLS/2.HLSImplementation/SineCORDIC/sine_generator_cordic.py:257" *) xv16[3];
  assign \$129  = $signed(xv16) + (* src = "/home/user/SDR-HLS/2.HLSImplementation/SineCORDIC/sine_generator_cordic.py:255" *) $signed({ 1'h0, xv16[3], \$128 , \$127  });
  (* src = "/home/user/SDR-HLS/2.HLSImplementation/SineCORDIC/sine_generator_cordic.py:40" *)
  always @(posedge clk)
    o_xval <= \$135 ;
  (* src = "/home/user/SDR-HLS/2.HLSImplementation/SineCORDIC/sine_generator_cordic.py:41" *)
  always @(posedge clk)
    o_yval <= \$136 ;
  always @* begin
    if (\$auto$verilog_backend.cc:2352:dump_module$1 ) begin end
    (* full_case = 32'd1 *)
    casez (i_phase[19:17])
      3'h0:
          xv0 = { 1'h0, i_xval, 2'h0 };
      3'h1:
          xv0 = \$1 [15:0];
      3'h2:
          xv0 = \$3 [15:0];
      3'h3:
          xv0 = \$5 [15:0];
      3'h4:
          xv0 = \$8 [15:0];
      3'h5:
          xv0 = { 1'h0, i_yval, 2'h0 };
      3'h6:
          xv0 = { 1'h0, i_yval, 2'h0 };
      3'h7:
          xv0 = { 1'h0, i_xval, 2'h0 };
    endcase
  end
  always @* begin
    if (\$auto$verilog_backend.cc:2352:dump_module$1 ) begin end
    (* full_case = 32'd1 *)
    casez (i_phase[19:17])
      3'h0:
          yv0 = { 1'h0, i_xval, 2'h0 };
      3'h1:
          yv0 = { 1'h0, i_xval, 2'h0 };
      3'h2:
          yv0 = { 1'h0, i_xval, 2'h0 };
      3'h3:
          yv0 = \$6 [15:0];
      3'h4:
          yv0 = \$9 [15:0];
      3'h5:
          yv0 = \$11 [15:0];
      3'h6:
          yv0 = \$13 [15:0];
      3'h7:
          yv0 = { 1'h0, i_yval, 2'h0 };
    endcase
  end
  always @* begin
    if (\$auto$verilog_backend.cc:2352:dump_module$1 ) begin end
    (* full_case = 32'd1 *)
    casez (i_phase[19:17])
      3'h0:
          ph0 = i_phase;
      3'h1:
          ph0 = \$2 [19:0];
      3'h2:
          ph0 = \$4 [19:0];
      3'h3:
          ph0 = \$7 [19:0];
      3'h4:
          ph0 = \$10 [19:0];
      3'h5:
          ph0 = \$12 [19:0];
      3'h6:
          ph0 = \$14 [19:0];
      3'h7:
          ph0 = i_phase;
    endcase
  end
  always @* begin
    if (\$auto$verilog_backend.cc:2352:dump_module$1 ) begin end
    (* full_case = 32'd1 *)
    casez ({ \$15 , 1'h0 })
      2'b1?:
          xv1 = \$17 [15:0];
      default:
          xv1 = \$20 [15:0];
    endcase
  end
  always @* begin
    if (\$auto$verilog_backend.cc:2352:dump_module$1 ) begin end
    (* full_case = 32'd1 *)
    casez ({ \$15 , 1'h0 })
      2'b1?:
          ph1 = \$18 [19:0];
      default:
          ph1 = \$21 [19:0];
    endcase
  end
  always @* begin
    if (\$auto$verilog_backend.cc:2352:dump_module$1 ) begin end
    (* full_case = 32'd1 *)
    casez ({ \$22 , 1'h0 })
      2'b1?:
          xv2 = \$24 [15:0];
      default:
          xv2 = \$27 [15:0];
    endcase
  end
  always @* begin
    if (\$auto$verilog_backend.cc:2352:dump_module$1 ) begin end
    (* full_case = 32'd1 *)
    casez ({ \$22 , 1'h0 })
      2'b1?:
          ph2 = \$25 [19:0];
      default:
          ph2 = \$28 [19:0];
    endcase
  end
  always @* begin
    if (\$auto$verilog_backend.cc:2352:dump_module$1 ) begin end
    (* full_case = 32'd1 *)
    casez ({ \$29 , 1'h0 })
      2'b1?:
          xv3 = \$31 [15:0];
      default:
          xv3 = \$34 [15:0];
    endcase
  end
  always @* begin
    if (\$auto$verilog_backend.cc:2352:dump_module$1 ) begin end
    (* full_case = 32'd1 *)
    casez ({ \$29 , 1'h0 })
      2'b1?:
          ph3 = \$32 [19:0];
      default:
          ph3 = \$35 [19:0];
    endcase
  end
  always @* begin
    if (\$auto$verilog_backend.cc:2352:dump_module$1 ) begin end
    (* full_case = 32'd1 *)
    casez ({ \$36 , 1'h0 })
      2'b1?:
          xv4 = \$38 [15:0];
      default:
          xv4 = \$41 [15:0];
    endcase
  end
  always @* begin
    if (\$auto$verilog_backend.cc:2352:dump_module$1 ) begin end
    (* full_case = 32'd1 *)
    casez ({ \$36 , 1'h0 })
      2'b1?:
          ph4 = \$39 [19:0];
      default:
          ph4 = \$42 [19:0];
    endcase
  end
  always @* begin
    if (\$auto$verilog_backend.cc:2352:dump_module$1 ) begin end
    (* full_case = 32'd1 *)
    casez ({ \$43 , 1'h0 })
      2'b1?:
          xv5 = \$45 [15:0];
      default:
          xv5 = \$48 [15:0];
    endcase
  end
  always @* begin
    if (\$auto$verilog_backend.cc:2352:dump_module$1 ) begin end
    (* full_case = 32'd1 *)
    casez ({ \$43 , 1'h0 })
      2'b1?:
          ph5 = \$46 [19:0];
      default:
          ph5 = \$49 [19:0];
    endcase
  end
  always @* begin
    if (\$auto$verilog_backend.cc:2352:dump_module$1 ) begin end
    (* full_case = 32'd1 *)
    casez ({ \$50 , 1'h0 })
      2'b1?:
          xv6 = \$52 [15:0];
      default:
          xv6 = \$55 [15:0];
    endcase
  end
  always @* begin
    if (\$auto$verilog_backend.cc:2352:dump_module$1 ) begin end
    (* full_case = 32'd1 *)
    casez ({ \$50 , 1'h0 })
      2'b1?:
          ph6 = \$53 [19:0];
      default:
          ph6 = \$56 [19:0];
    endcase
  end
  always @* begin
    if (\$auto$verilog_backend.cc:2352:dump_module$1 ) begin end
    (* full_case = 32'd1 *)
    casez ({ \$57 , 1'h0 })
      2'b1?:
          xv7 = \$59 [15:0];
      default:
          xv7 = \$62 [15:0];
    endcase
  end
  always @* begin
    if (\$auto$verilog_backend.cc:2352:dump_module$1 ) begin end
    (* full_case = 32'd1 *)
    casez ({ \$57 , 1'h0 })
      2'b1?:
          ph7 = \$60 [19:0];
      default:
          ph7 = \$63 [19:0];
    endcase
  end
  always @* begin
    if (\$auto$verilog_backend.cc:2352:dump_module$1 ) begin end
    (* full_case = 32'd1 *)
    casez ({ \$64 , 1'h0 })
      2'b1?:
          xv8 = \$66 [15:0];
      default:
          xv8 = \$69 [15:0];
    endcase
  end
  always @* begin
    if (\$auto$verilog_backend.cc:2352:dump_module$1 ) begin end
    (* full_case = 32'd1 *)
    casez ({ \$64 , 1'h0 })
      2'b1?:
          ph8 = \$67 [19:0];
      default:
          ph8 = \$70 [19:0];
    endcase
  end
  always @* begin
    if (\$auto$verilog_backend.cc:2352:dump_module$1 ) begin end
    (* full_case = 32'd1 *)
    casez ({ \$71 , 1'h0 })
      2'b1?:
          xv9 = \$73 [15:0];
      default:
          xv9 = \$76 [15:0];
    endcase
  end
  always @* begin
    if (\$auto$verilog_backend.cc:2352:dump_module$1 ) begin end
    (* full_case = 32'd1 *)
    casez ({ \$71 , 1'h0 })
      2'b1?:
          ph9 = \$74 [19:0];
      default:
          ph9 = \$77 [19:0];
    endcase
  end
  always @* begin
    if (\$auto$verilog_backend.cc:2352:dump_module$1 ) begin end
    (* full_case = 32'd1 *)
    casez ({ \$78 , 1'h0 })
      2'b1?:
          xv10 = \$80 [15:0];
      default:
          xv10 = \$83 [15:0];
    endcase
  end
  always @* begin
    if (\$auto$verilog_backend.cc:2352:dump_module$1 ) begin end
    (* full_case = 32'd1 *)
    casez ({ \$78 , 1'h0 })
      2'b1?:
          ph10 = \$81 [19:0];
      default:
          ph10 = \$84 [19:0];
    endcase
  end
  always @* begin
    if (\$auto$verilog_backend.cc:2352:dump_module$1 ) begin end
    (* full_case = 32'd1 *)
    casez ({ \$85 , 1'h0 })
      2'b1?:
          xv11 = \$87 [15:0];
      default:
          xv11 = \$90 [15:0];
    endcase
  end
  always @* begin
    if (\$auto$verilog_backend.cc:2352:dump_module$1 ) begin end
    (* full_case = 32'd1 *)
    casez ({ \$85 , 1'h0 })
      2'b1?:
          ph11 = \$88 [19:0];
      default:
          ph11 = \$91 [19:0];
    endcase
  end
  always @* begin
    if (\$auto$verilog_backend.cc:2352:dump_module$1 ) begin end
    (* full_case = 32'd1 *)
    casez ({ \$92 , 1'h0 })
      2'b1?:
          xv12 = \$94 [15:0];
      default:
          xv12 = \$97 [15:0];
    endcase
  end
  always @* begin
    if (\$auto$verilog_backend.cc:2352:dump_module$1 ) begin end
    (* full_case = 32'd1 *)
    casez ({ \$92 , 1'h0 })
      2'b1?:
          ph12 = \$95 [19:0];
      default:
          ph12 = \$98 [19:0];
    endcase
  end
  always @* begin
    if (\$auto$verilog_backend.cc:2352:dump_module$1 ) begin end
    (* full_case = 32'd1 *)
    casez ({ \$99 , 1'h0 })
      2'b1?:
          xv13 = \$101 [15:0];
      default:
          xv13 = \$104 [15:0];
    endcase
  end
  always @* begin
    if (\$auto$verilog_backend.cc:2352:dump_module$1 ) begin end
    (* full_case = 32'd1 *)
    casez ({ \$99 , 1'h0 })
      2'b1?:
          ph13 = \$102 [19:0];
      default:
          ph13 = \$105 [19:0];
    endcase
  end
  always @* begin
    if (\$auto$verilog_backend.cc:2352:dump_module$1 ) begin end
    (* full_case = 32'd1 *)
    casez ({ \$106 , 1'h0 })
      2'b1?:
          xv14 = \$108 [15:0];
      default:
          xv14 = \$111 [15:0];
    endcase
  end
  always @* begin
    if (\$auto$verilog_backend.cc:2352:dump_module$1 ) begin end
    (* full_case = 32'd1 *)
    casez ({ \$106 , 1'h0 })
      2'b1?:
          ph14 = \$109 [19:0];
      default:
          ph14 = \$112 [19:0];
    endcase
  end
  always @* begin
    if (\$auto$verilog_backend.cc:2352:dump_module$1 ) begin end
    (* full_case = 32'd1 *)
    casez ({ \$113 , 1'h0 })
      2'b1?:
          xv15 = \$115 [15:0];
      default:
          xv15 = \$118 [15:0];
    endcase
  end
  always @* begin
    if (\$auto$verilog_backend.cc:2352:dump_module$1 ) begin end
    (* full_case = 32'd1 *)
    casez ({ \$113 , 1'h0 })
      2'b1?:
          ph15 = \$116 [19:0];
      default:
          ph15 = \$119 [19:0];
    endcase
  end
  always @* begin
    if (\$auto$verilog_backend.cc:2352:dump_module$1 ) begin end
    (* full_case = 32'd1 *)
    casez ({ \$120 , 1'h0 })
      2'b1?:
          xv16 = \$122 [15:0];
      default:
          xv16 = \$125 [15:0];
    endcase
  end
  always @* begin
    if (\$auto$verilog_backend.cc:2352:dump_module$1 ) begin end
    (* full_case = 32'd1 *)
    casez ({ \$120 , 1'h0 })
      2'b1?:
          ph16 = \$123 [19:0];
      default:
          ph16 = \$126 [19:0];
    endcase
  end
  always @* begin
    if (\$auto$verilog_backend.cc:2352:dump_module$1 ) begin end
    (* full_case = 32'd1 *)
    if (i_reset) begin
      \$135  = 13'h0000;
    end else begin
      \$135  = \$133 [12:0];
    end
    if (rst) begin
      \$135  = 13'h0000;
    end
  end
  always @* begin
    if (\$auto$verilog_backend.cc:2352:dump_module$1 ) begin end
    (* full_case = 32'd1 *)
    if (i_reset) begin
      \$136  = 13'h0000;
    end else begin
      \$136  = \$134 [12:0];
    end
    if (rst) begin
      \$136  = 13'h0000;
    end
  end
  assign \$signal  = xv0;
  assign \$signal$65  = yv0;
  assign \$signal$66  = ph0;
  assign \$signal$67  = xv1;
  assign \$signal$68  = 16'h0000;
  assign \$signal$69  = ph1;
  assign \$signal$70  = xv2;
  assign \$signal$71  = 16'h0000;
  assign \$signal$72  = ph2;
  assign \$signal$73  = xv3;
  assign \$signal$74  = 16'h0000;
  assign \$signal$75  = ph3;
  assign \$signal$76  = xv4;
  assign \$signal$77  = 16'h0000;
  assign \$signal$78  = ph4;
  assign \$signal$79  = xv5;
  assign \$signal$80  = 16'h0000;
  assign \$signal$81  = ph5;
  assign \$signal$82  = xv6;
  assign \$signal$83  = 16'h0000;
  assign \$signal$84  = ph6;
  assign \$signal$85  = xv7;
  assign \$signal$86  = 16'h0000;
  assign \$signal$87  = ph7;
  assign \$signal$88  = xv8;
  assign \$signal$89  = 16'h0000;
  assign \$signal$90  = ph8;
  assign \$signal$91  = xv9;
  assign \$signal$92  = 16'h0000;
  assign \$signal$93  = ph9;
  assign \$signal$94  = xv10;
  assign \$signal$95  = 16'h0000;
  assign \$signal$96  = ph10;
  assign \$signal$97  = xv11;
  assign \$signal$98  = 16'h0000;
  assign \$signal$99  = ph11;
  assign \$signal$100  = xv12;
  assign \$signal$101  = 16'h0000;
  assign \$signal$102  = ph12;
  assign \$signal$103  = xv13;
  assign \$signal$104  = 16'h0000;
  assign \$signal$105  = ph13;
  assign \$signal$106  = xv14;
  assign \$signal$107  = 16'h0000;
  assign \$signal$108  = ph14;
  assign \$signal$109  = xv15;
  assign \$signal$110  = 16'h0000;
  assign \$signal$111  = ph15;
  assign \$signal$112  = xv16;
  assign \$signal$113  = 16'h0000;
  assign \$signal$114  = ph16;
  assign yv1 = 16'h0000;
  assign yv2 = 16'h0000;
  assign yv3 = 16'h0000;
  assign yv4 = 16'h0000;
  assign yv5 = 16'h0000;
  assign yv6 = 16'h0000;
  assign yv7 = 16'h0000;
  assign yv8 = 16'h0000;
  assign yv9 = 16'h0000;
  assign yv10 = 16'h0000;
  assign yv11 = 16'h0000;
  assign yv12 = 16'h0000;
  assign yv13 = 16'h0000;
  assign yv14 = 16'h0000;
  assign yv15 = 16'h0000;
  assign yv16 = 16'h0000;
  assign pre_xval = \$129 [15:0];
  assign pre_yval = \$132 [15:0];
  assign e_xval = { 1'h0, i_xval, 2'h0 };
  assign e_yval = { 1'h0, i_yval, 2'h0 };
  assign \$15  = ph0[19];
  assign \$22  = ph1[19];
  assign \$29  = ph2[19];
  assign \$36  = ph3[19];
  assign \$43  = ph4[19];
  assign \$50  = ph5[19];
  assign \$57  = ph6[19];
  assign \$64  = ph7[19];
  assign \$71  = ph8[19];
  assign \$78  = ph9[19];
  assign \$85  = ph10[19];
  assign \$92  = ph11[19];
  assign \$99  = ph12[19];
  assign \$106  = ph13[19];
  assign \$113  = ph14[19];
  assign \$120  = ph15[19];
  assign \$130  = 1'h1;
  assign \$131  = 1'h1;
  assign \$132  = 18'h00003;
  assign \$133  = { 3'h0, \$129 [15:3] };
  assign \$134  = 16'h0000;
endmodule